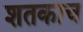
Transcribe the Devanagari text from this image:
शतकाच